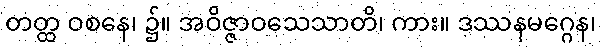
တတ္ထ ဝစနေ၊ ၌။ အဝိဇ္ဇာဝသေသာတိ၊ ကား။ ဒဿနမဂ္ဂေန၊